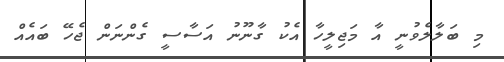
މި ބަލާލެވުނީ އާ މަޖިލީހާ އެކު ގާނޫނު އަސާސީ ގެންނަން ޖެހޭ ބައެއް